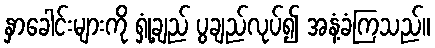
နှာခေါင်းများကို ရှုံ့ချည် ပွချည်လုပ်၍ အနံ့ခံကြသည်။